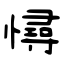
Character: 憳